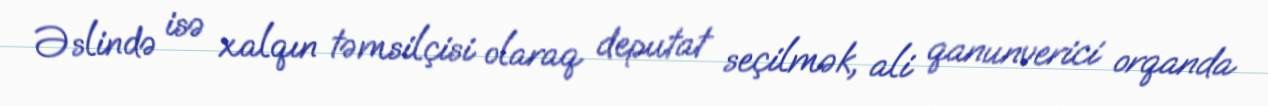
Əslində isə xalqın təmsilçisi olaraq deputat seçilmək, ali qanunverici orqanda